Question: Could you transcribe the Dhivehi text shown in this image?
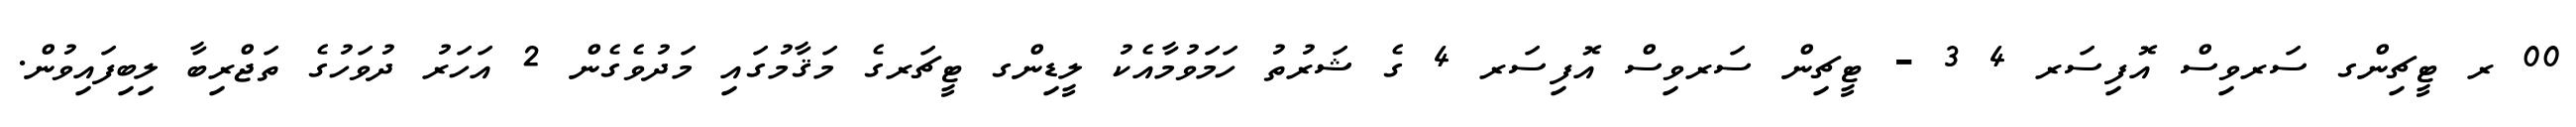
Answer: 00 ރ ޓީޗިންގ ސަރވިސް އޮފިސަރ 4 3 - ޓީޗިން ސަރވިސް އޮފިސަރ 4 ގެ ޝަރުތު ހަމަވުމާއެކު ލީޑިންގ ޓީޗަރގެ މަޤާމުގައި މަދުވެގެން 2 އަހަރު ދުވަހުގެ ތަޖްރިބާ ލިބިފައިވުން.